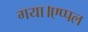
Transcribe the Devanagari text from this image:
गया।एप्पल